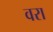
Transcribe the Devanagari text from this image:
वरा